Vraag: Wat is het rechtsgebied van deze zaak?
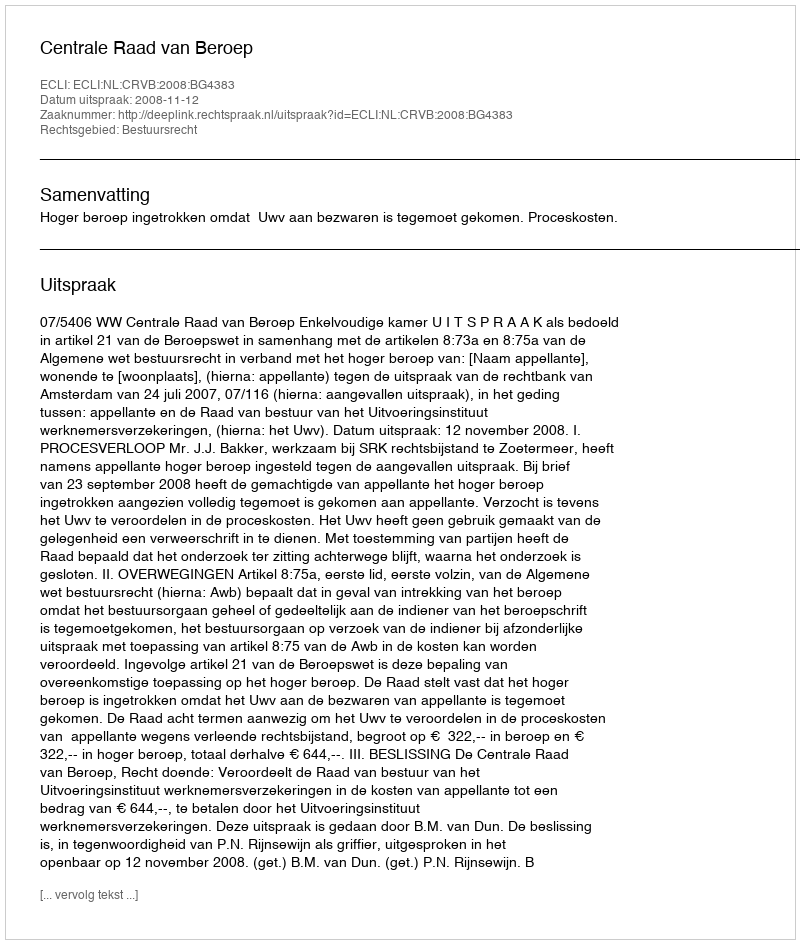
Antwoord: Bestuursrecht